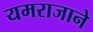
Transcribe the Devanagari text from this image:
यमराजाने